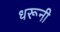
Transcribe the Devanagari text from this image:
धरूनी